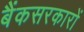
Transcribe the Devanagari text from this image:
बैंकसरकारों